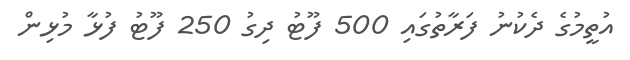
އުތީމުގެ ދެކުނު ފަރާތުގައި 500 ފޫޓު ދިގު 250 ފޫޓު ފުޅާ މުޅިން